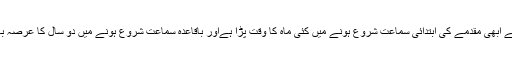
امریکی ریاست واشنگٹن کے ایک فوجی مرکزمیں بیلز کے ترجمان نے کہا ہے ابھی مقدمے کی ابتدائی سماعت شروع ہونے میں کئی ماہ کا وقت پڑا ہےاور باقاعدہ سماعت شروع ہونے میں دو سال کا عرصہ بھی لگ سکتا ہے،جس کا انحصار ابتدائی سماعت اور دیگرکارروائیوں پر ہے۔